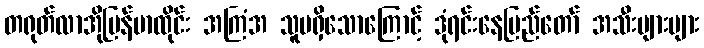
တရုတ်လာအိုမြန်မာထိုင်း အကြံအ သူမရှိသောကြောင့် ဒုံရင်းနေပြည်တော် အသီးများများ